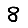
Digit: 8